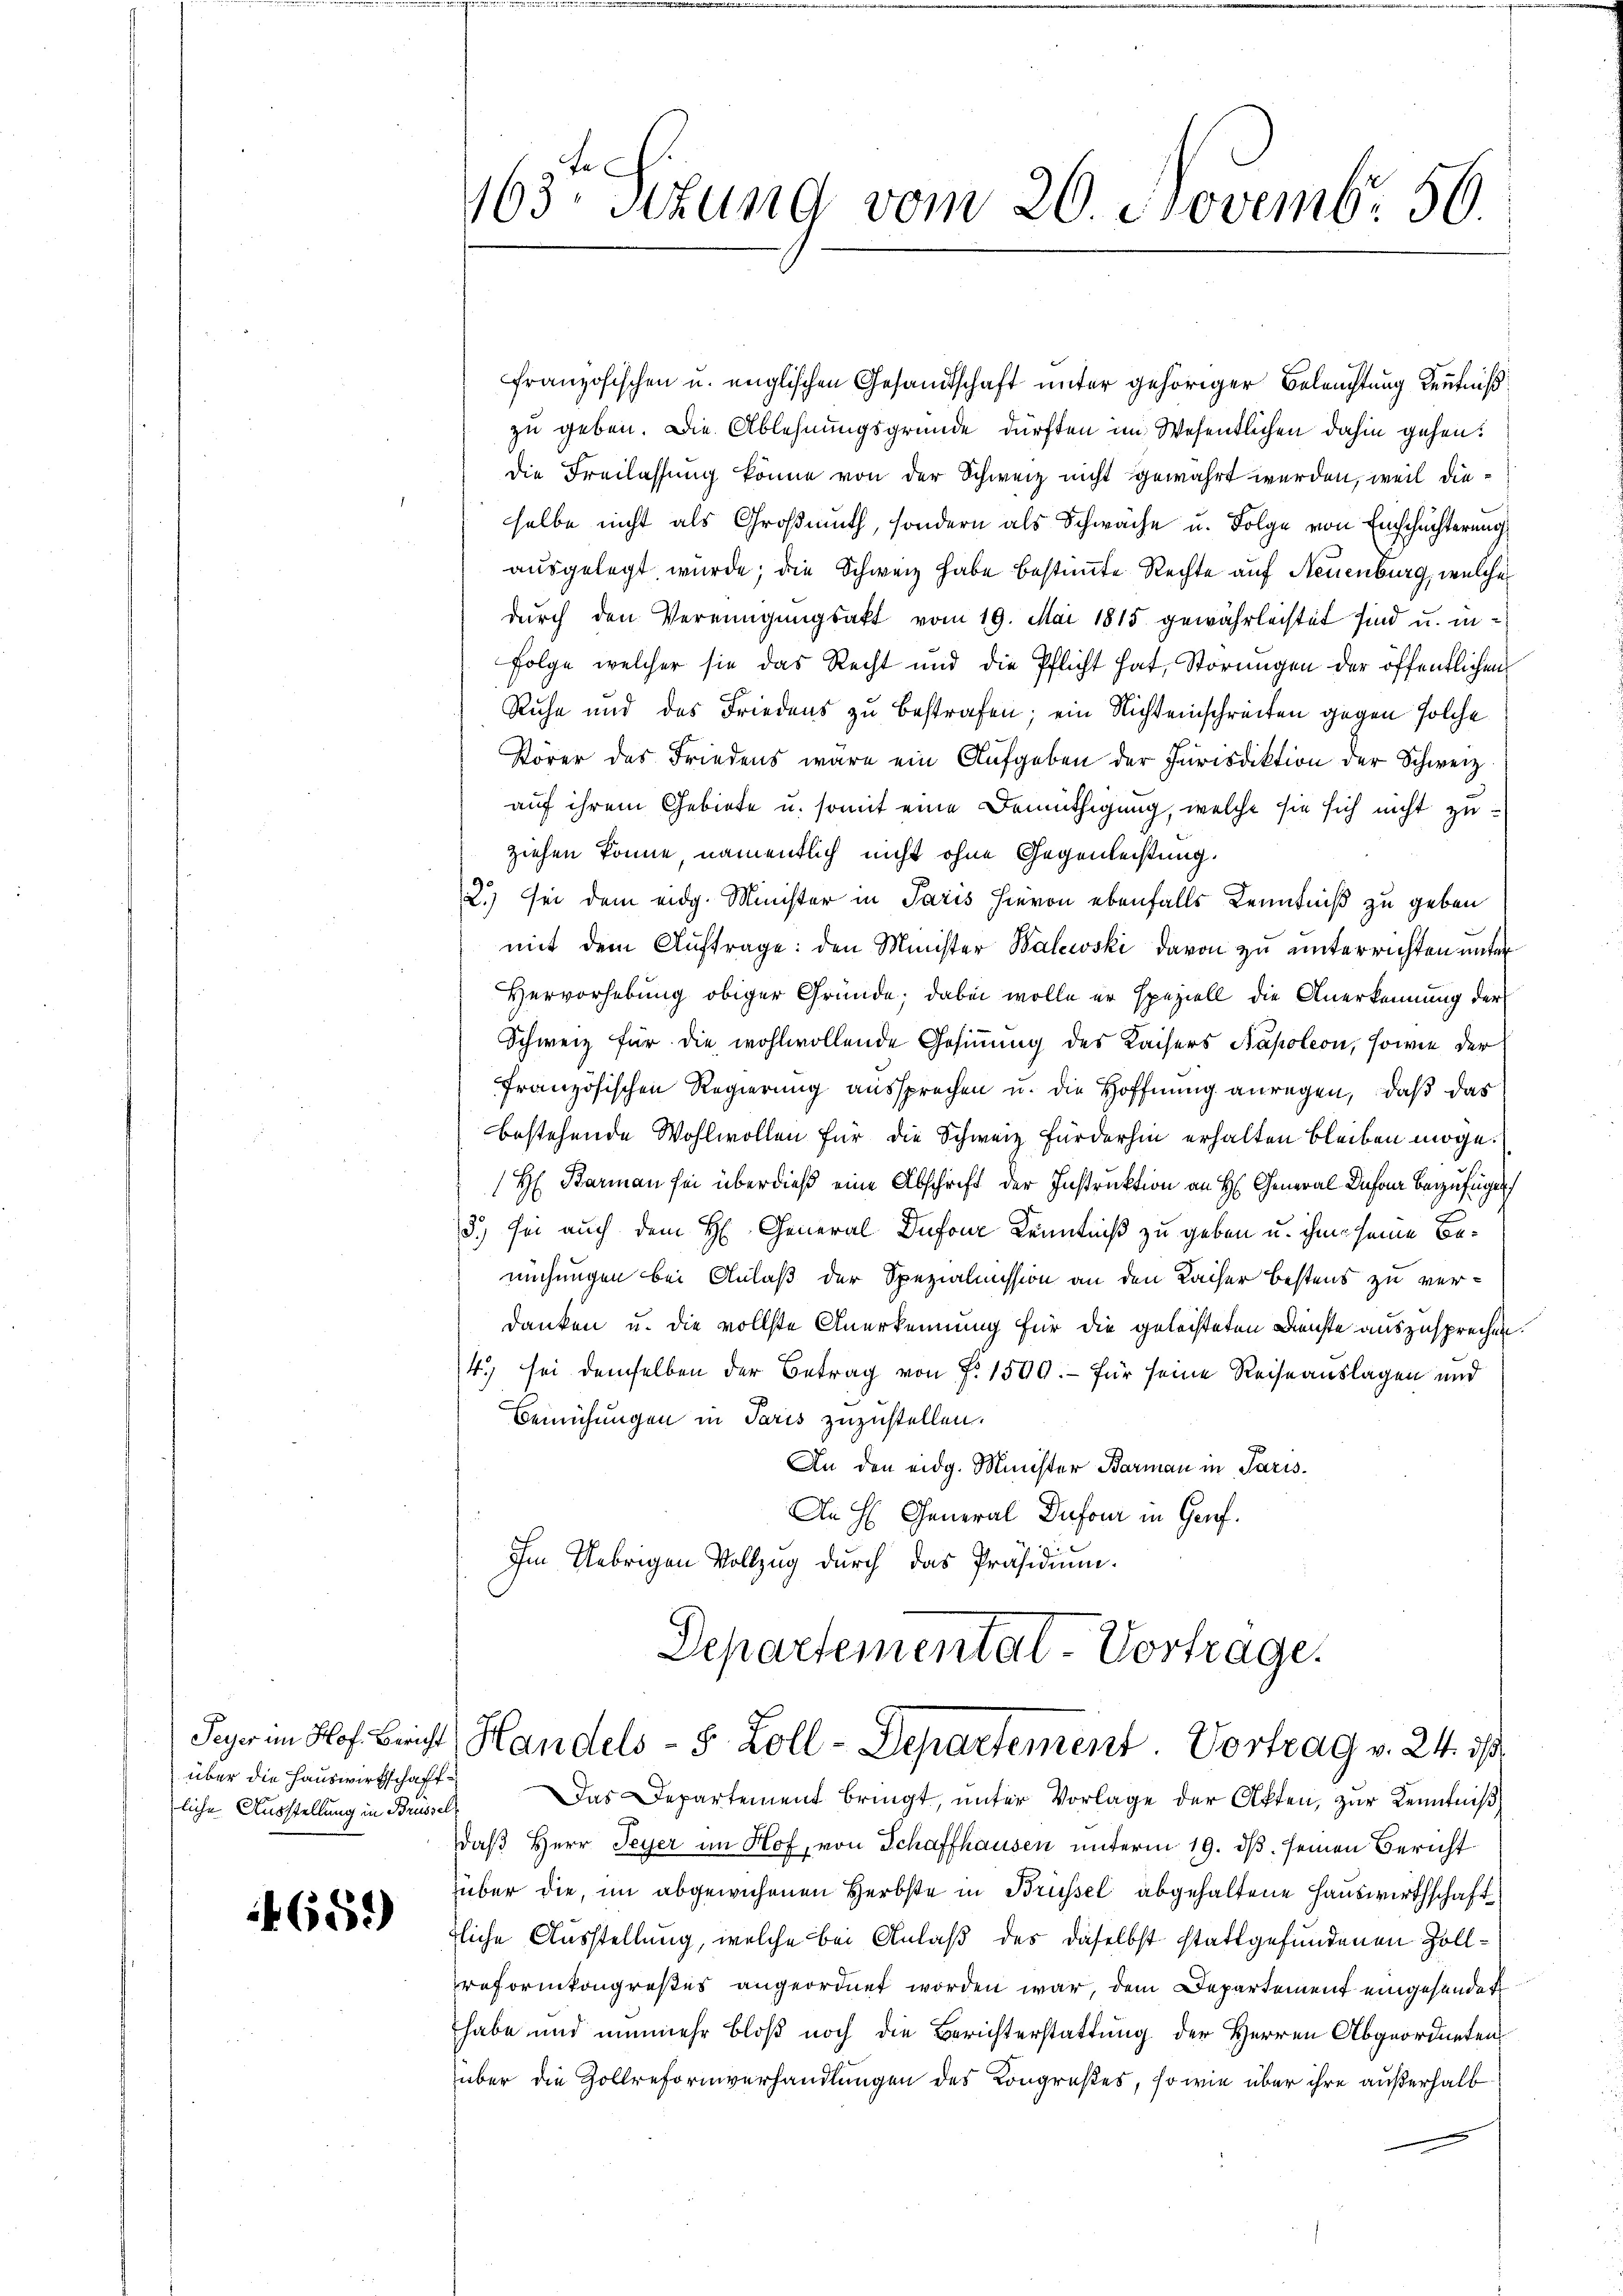
über die Hauswirtschaftliche Ausstellung in Brüssel

4659)

französischen u. englischen Gesandtschaft unter gehöriger Beleuchtung Kenntniß
zu geben. Die Ablehnungsgründe dürften im Wesentlichen dahin gehen:
die Freilassung könne von der Schweiz nicht gewahrt werden, weil dieselbe nicht als Großmuth, sondern als Schwäche u. Folge von Einschüchterung
ausgelegt wurde; die Schweiz habe bestimmte Rechte auf Neuenburg, welche
durch den Vereinigungsakt vom 19. Mai 1815 gewährleistet sind u. in¬
Folge, welcher sie das Recht und die Pflicht hat, Störungen der öffentlichen
Ruhe und des Friedens zu bestrafen; ein Nichteinschreiten gegen solche
Körer des Friedens wäre ein Aufgeben der Jurisdiktion der Schweiz
auf ihrem Gebiete u. somit eine Bemüthigung, welche sie sich nicht zuziehen könne namentlich nicht ohne Gegenleistung.
2.) Sei dem eidg. Minister in Paris hievon ebenfalls Kenntniß zu geben
mit dem Auftrage: den Minister Balewski davon zu unterrichten unter
Hervorhebung obiger Gründe; dabei wolle er speziell die Anerkennung der
Schweiz für die wohlwollende Gesinnung des Kaisers Napoleon, sowie der
französischen Regierung aussprechen u. die Hoffnung anregen, daß das
bestehende Wohlwollen für die Schweiz fürderhin erhalten bleiben möge.
H Barman sei überdieß eine Abschrift der Instruktion an H. General-Infan Bezufügen
d.) sei auch dem H. General Dufour Kenntniß zu geben u. ihm seine Bemuchungen bei Anlaß der Spezialmission an den Kaiser bestens zu verdanken u. die vollste Anerkennung für die geleisteten Dienste auszusprechen.
4. sei demselben der Betrag von Fr. 1500.- für seine Reiseauslagen und
Bemühungen in Paris zuzustellen.
An den eidg. Minister Barmann in Paris.
An H General Dufour in Genf.
Im Uebrigen Vollzug durch das Präsidium.

fe
163. Sitzung vom 20. Novembr 56.

Departemental-Vortrage.
Peyer im Hof. Bericht Handels- 8 Zoll-Departement. Vortrag v. 24. ds

Das Departement bringt, unter Vorlage der Akten, zur Kenntniß
Daß Herr Feyer im Hof, von Schaffhausen unterm 19. ds. seinen Bericht
über die, im abgewichenen Herbste in Brüssel abgehaltene Hauswirthschaft
tliche Ausstellung, welche bei Anlaß des daselbst stattgefundenen Zollreformkongroßes angeordnet worden war, dem Departement eingesundet
habe und nunmehr bloß noch die Berichterstattung der Herren Abgeordneten
über die Zollreformverhandlungen des Kongrußes, so wie über ihre außerhalb